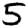
Digit: 5